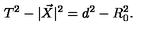
T ^ { 2 } - | \vec { X } | ^ { 2 } = d ^ { 2 } - R _ { 0 } ^ { 2 } .